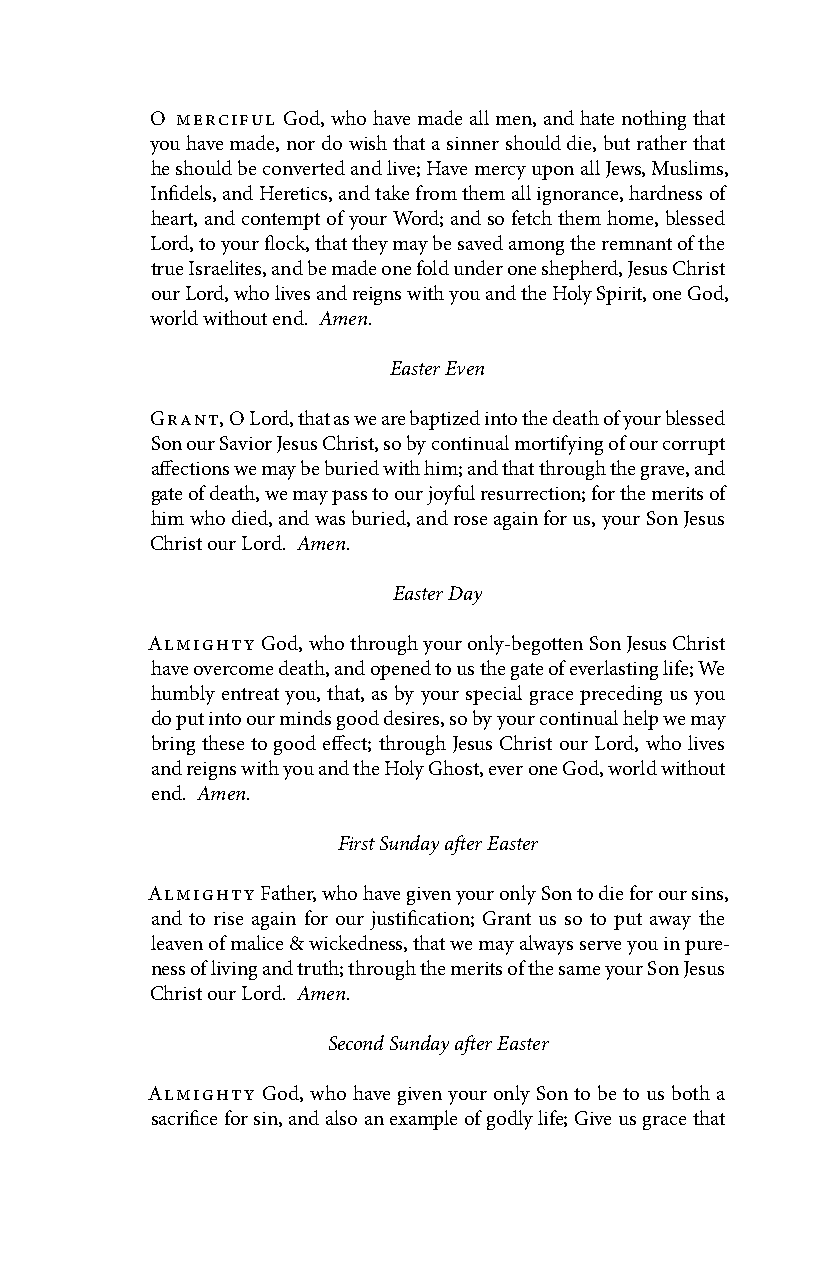
O merciful God, who have made all men, and hate nothing that
 you have made, nor do wish that a sinner should die, but rather that
 he should be converted and live; Have mercy upon all Jews, Muslims,
 Infidels, and Heretics, and take from them all ignorance, hardness of
 heart, and contempt of your Word; and so fetch them home, blessed
 Lord, to your flock, that they may be saved among the remnant of the
 true Israelites, and be made one fold under one shepherd, Jesus Christ
 our Lord, who lives and reigns with you and the Holy Spirit, one God,
 world without end. Amen.
 Easter Even
 Grant, O Lord, that as we are baptized into the death of your blessed
 Son our Savior Jesus Christ, so by continual mortifying of our corrupt
 affections we may be buried with him; and that through the grave, and
 gate of death, we may pass to our joyful resurrection; for the merits of
 him who died, and was buried, and rose again for us, your Son Jesus
 Christ our Lord. Amen.
 Easter Day
 Almighty God, who through your only-begotten Son Jesus Christ
 have overcome death, and opened to us the gate of everlasting life; We
 humbly entreat you, that, as by your special grace preceding us you
 do put into our minds good desires, so by your continual help we may
 bring these to good effect; through Jesus Christ our Lord, who lives
 and reigns with you and the Holy Ghost, ever one God, world without
 end. Amen.
 First Sunday after Easter
 Almighty Father, who have given your only Son to die for our sins,
 and to rise again for our justification; Grant us so to put away the
 leaven of malice & wickedness, that we may always serve you in pure-
 ness of living and truth; through the merits of the same your Son Jesus
 Christ our Lord. Amen.
 Second Sunday after Easter
 Almighty God, who have given your only Son to be to us both a
 sacrifice for sin, and also an example of godly life; Give us grace that